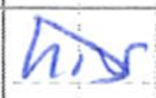
Text: his
Cross-out: diagonal
Writing tool: ballpoint